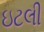
ઇટલી